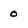
Character: 0